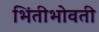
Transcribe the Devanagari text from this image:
भिंतीभोवती